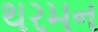
થરમન